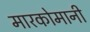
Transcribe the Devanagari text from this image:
मारकोमानी